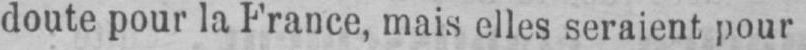
doute pour la France, mais elles seraient pour